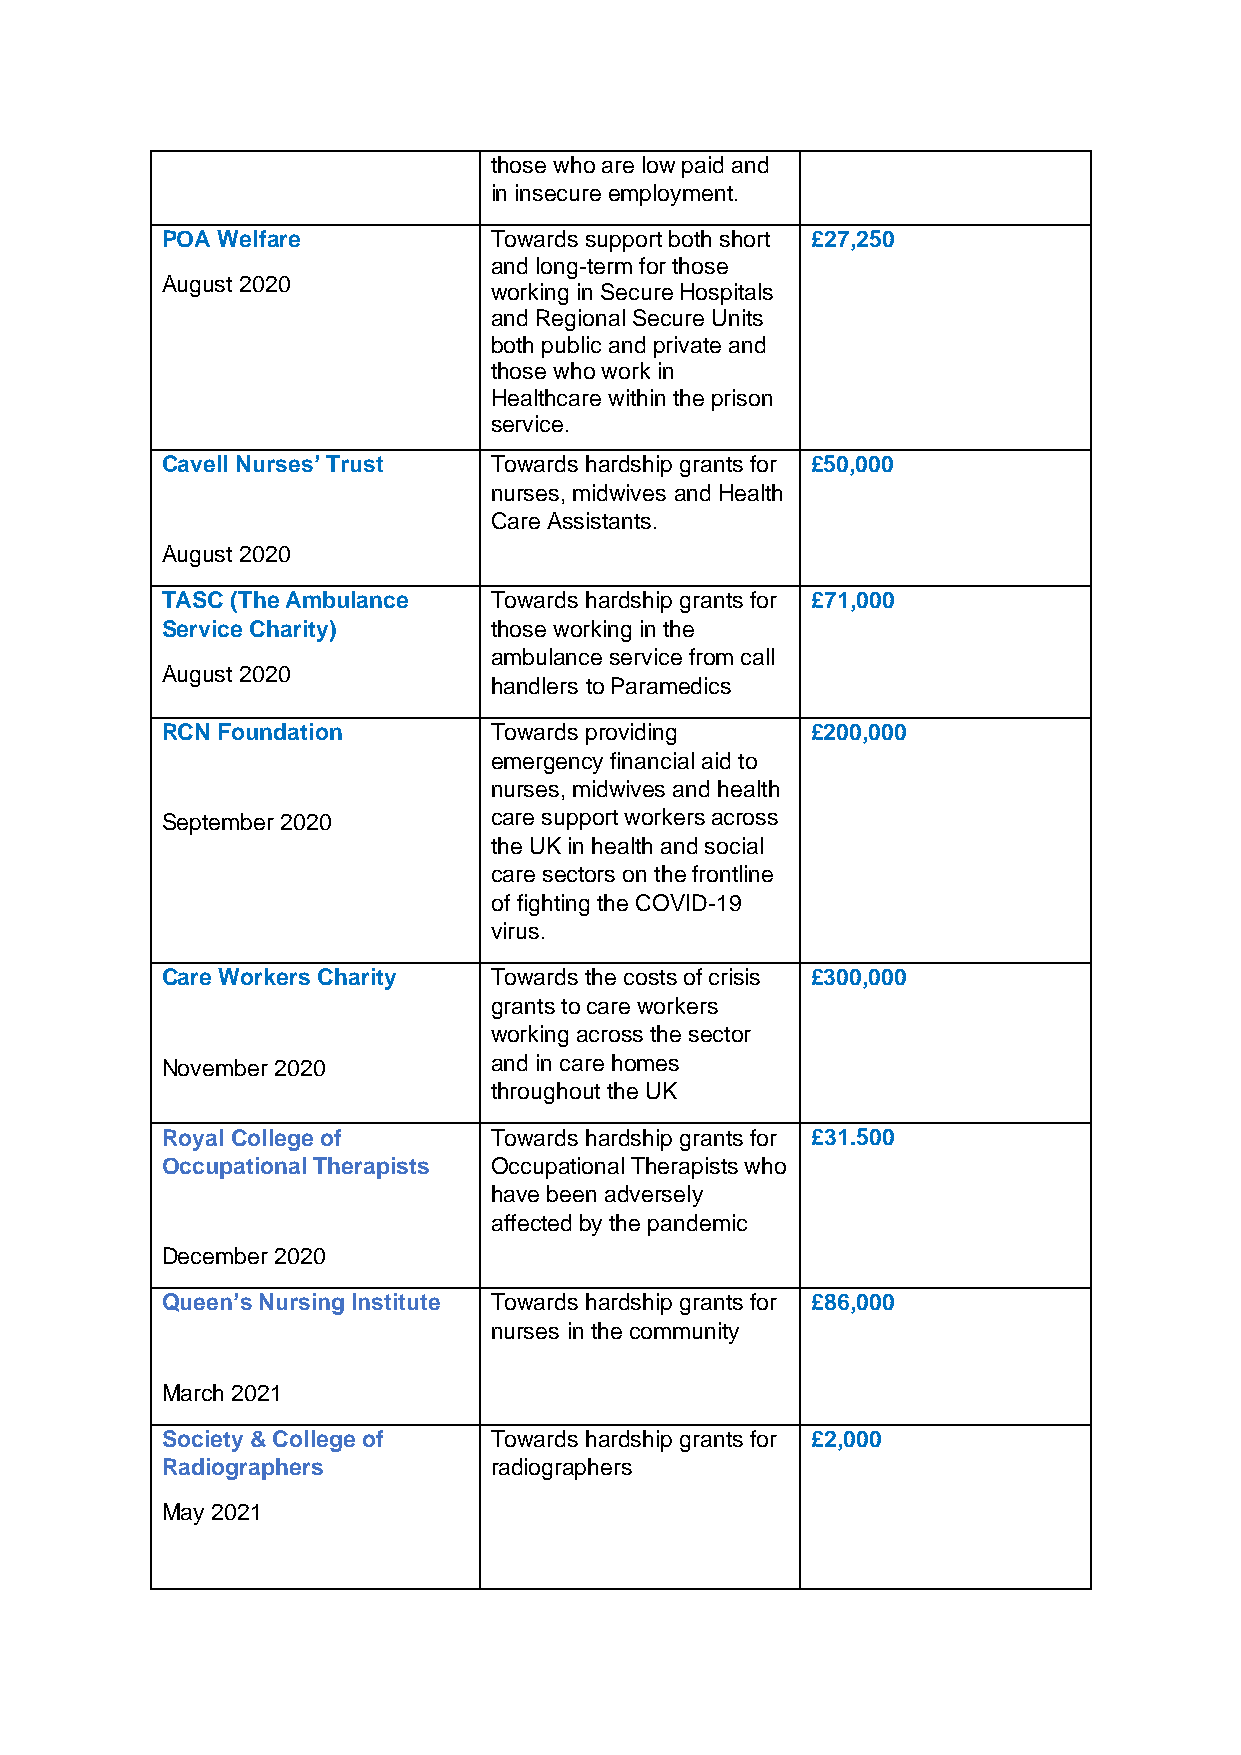
those who are low paid and
 in insecure employment.
 POA Welfare          Towards support both short £27,250
 and long-term for those
 August 2020
 working in Secure Hospitals
 and Regional Secure Units
 both public and private and
 those who work in
 Healthcare within the prison
 service.
 Cavell Nurses’ Trust Towards hardship grants for £50,000
 nurses, midwives and Health
 Care Assistants.
 August 2020
 TASC (The Ambulance  Towards hardship grants for £71,000
 Service Charity)     those working in the
 ambulance service from call
 August 2020
 handlers to Paramedics
 RCN Foundation       Towards providing     £200,000
 emergency financial aid to
 nurses, midwives and health
 September 2020       care support workers across
 the UK in health and social
 care sectors on the frontline
 of fighting the COVID-19
 virus.
 Care Workers Charity Towards the costs of crisis £300,000
 grants to care workers
 working across the sector
 November 2020        and in care homes
 throughout the UK
 Royal College of     Towards hardship grants for £31.500
 Occupational Therapists Occupational Therapists who
 have been adversely
 affected by the pandemic
 December 2020
 Queen’s Nursing Institute Towards hardship grants for £86,000
 nurses in the community
 March 2021
 Society & College of Towards hardship grants for £2,000
 Radiographers        radiographers
 May 2021